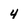
Character: 4